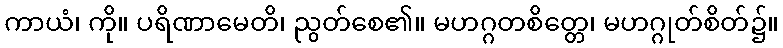
ကာယံ၊ ကို။ ပရိဏာမေတိ၊ ညွတ်စေ၏။ မဟဂ္ဂတစိတ္တေ၊ မဟဂ္ဂုတ်စိတ်၌။